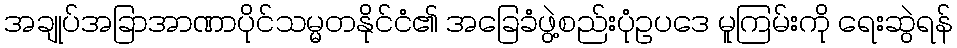
အချုပ်အခြာအာဏာပိုင်သမ္မတနိုင်ငံ၏ အခြေခံဖွဲ့စည်းပုံဥပဒေ မူကြမ်းကို ရေးဆွဲရန်